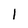
Character: l